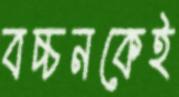
বচ্চনকেই